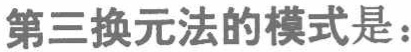
第三换元法的模式是：